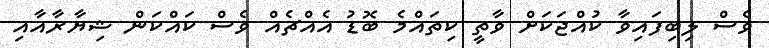
ވެސް ލިބިފައިވާ ކުއްޖަކަށް ވާތީ ކިތައްމެ ބޮޑު އެއްޗެއް ވެސް ކައްކަން ޝިޔާރާއާއި